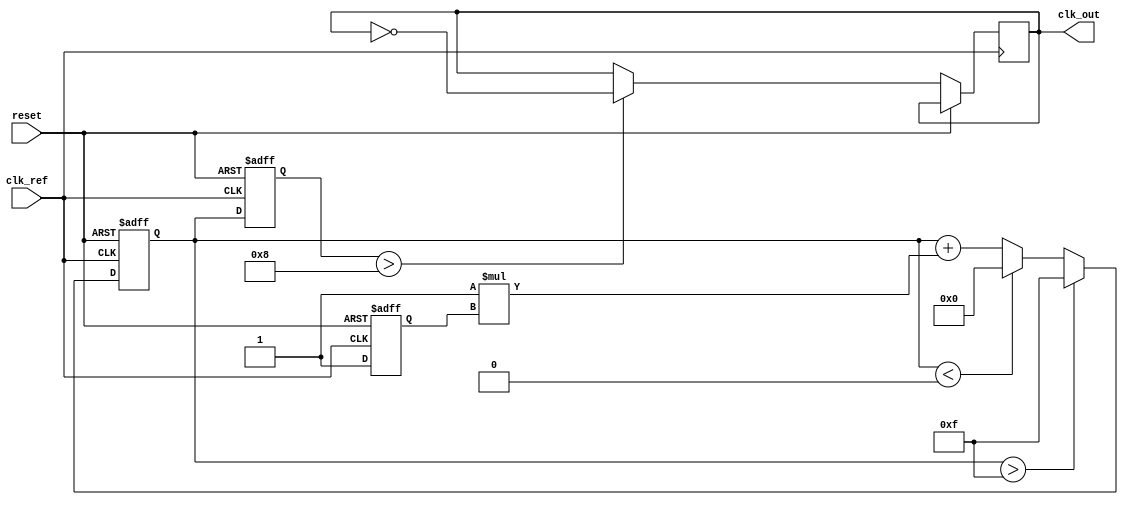
module PLL (
    input wire clk_ref,        // Reference clock input
    input wire reset,          // Asynchronous reset
    output reg clk_out         // Output clock
);
    // Phase Detector signals
    reg phase_error;           // Phase error signal
    reg clk_out_delayed;       // Delayed output clock for phase comparison

    // Loop Filter parameters
    reg [3:0] filter_output;   // Filtered control signal for VCO
    parameter LF_COEF = 4'd1;  // Loop filter coefficient (example value)

    // VCO parameters
    reg [3:0] vco_output;       // VCO output frequency control
    parameter VCO_MAX = 4'd15;  // Maximum VCO output value
    parameter VCO_MIN = 4'd0;   // Minimum VCO output value

    // Generate delayed clock to compare with reference clock
    always @(posedge clk_out) begin
        clk_out_delayed <= clk_out;
    end

    // Phase Detector logic
    always @(posedge clk_ref or posedge reset) begin
        if (reset) begin
            phase_error <= 0;
        end else begin
            // Simple phase detection logic: Check for leading/lagging clock
            if (clk_out_delayed) begin
                phase_error <= 1; // Output clock is leading reference clock
            end else begin
                phase_error <= -1; // Output clock is lagging reference clock
            end
        end
    end

    // Loop Filter logic (simple first-order filter)
    always @(posedge clk_ref or posedge reset) begin
        if (reset) begin
            filter_output <= 0;
        end else begin
            filter_output <= filter_output + (LF_COEF * phase_error);
            // Ensure the filtered output stays within bounds
            if (filter_output > VCO_MAX) begin
                filter_output <= VCO_MAX;
            end else if (filter_output < VCO_MIN) begin
                filter_output <= VCO_MIN;
            end
        end
    end

    // VCO logic
    always @(posedge clk_ref or posedge reset) begin
        if (reset) begin
            vco_output <= 4'd8; // Initial frequency value of VCO
        end else begin
            // Control the VCO output based on loop filter output
            vco_output <= filter_output;
            // Generate output clock signal based on VCO value
            clk_out <= (vco_output > 4'd8) ? ~clk_out : clk_out; // Simple toggling
        end
    end

endmodule